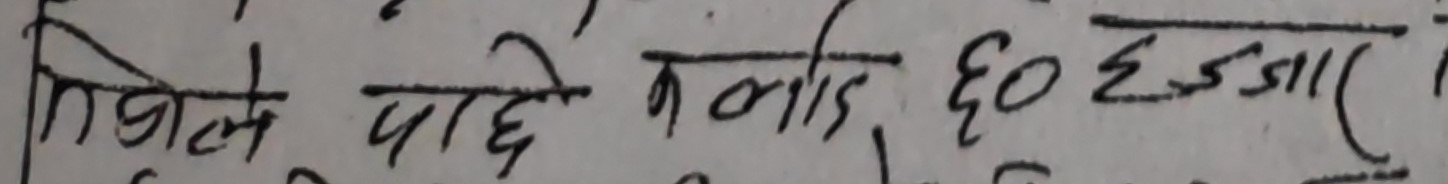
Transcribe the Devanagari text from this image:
तिबले पाछे कनाइ, ६० हज्जार